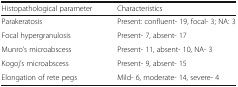
| Histopathological parameter | Characteristics |
 | --- | --- |
 | Parakeratosis | Present: confluent- 19, focal- 3; NA: 3 |
 | Focal hypergranulosis | Present- 7, absent- 17 |
 | Munro’s microabscess | Present- 11, absent- 10, NA- 3 |
 | Kogoj’s microabscess | Present- 9, absent- 15 |
 | Elongation of rete pegs | Mild- 6, moderate- 14, severe- 4 |